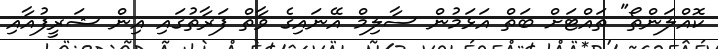
ކޮއްލަންތޯ" ތައްޓަށް ބަތް އަޅަމުން ސާލިމް އޭނައިގެ ވާތް ފަރާތުގައި އިން ޝަރީފުއާއި